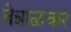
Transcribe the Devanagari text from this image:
बेन्नाळकर